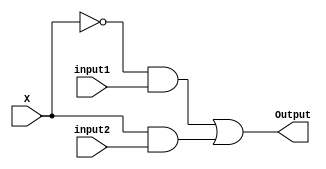
module Two_One_Mux2(input1,input2,X,Output);

input input1,input2,X;

output Output;

wire cable1, cable2, cable3;

not Not_gate(cable1,X);
and first_And_gate(cable2,cable1,input1);
and second_And_gate(cable3,X,input2);
or Or_gate(Output,cable2,cable3);

endmodule